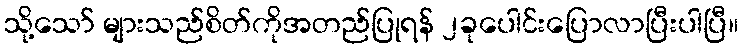
သို့သော် များသည်စိတ်ကိုအတည်ပြုရန် ၂ခုပေါင်းပြောလာပြီးပါပြီ။